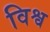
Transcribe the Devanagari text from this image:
विश्व